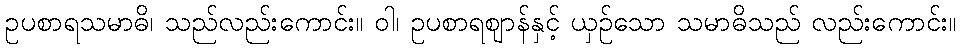
ဥပစာရသမာဓိ၊ သည်လည်းကောင်း။ ဝါ၊ ဥပစာရဈာန်နှင့် ယှဉ်သော သမာဓိသည် လည်းကောင်း။